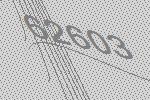
62603